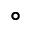
\circ